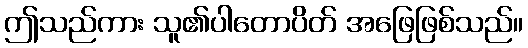
ဤသည်ကား သူ၏ပါတောပိတ် အဖြေဖြစ်သည်။